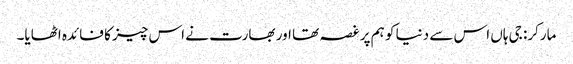
مارکر: جی ہاں اس سے دنیا کو ہم پر غصہ تھا اور بھارت نے اس چیز کا فائدہ اٹھایا۔